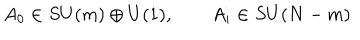
A _ { 0 } \in S U ( m ) \oplus U ( 1 ) , \qquad A _ { i } \in S U ( N - m )